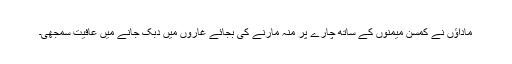
ماداؤں نے کمسن میمنوں کے ساتھ چارے پر منہ مارنے کی بجائے غاروں میں دبک جانے میں عافیت سمجھی۔